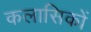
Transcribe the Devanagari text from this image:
कलासिकों